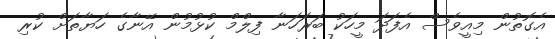
އެގޮތުން މިއީވެސް އެފަދަ މީހަކު ބަރަހަނާ ފިލްމް ކުޅުމުން އޭނާގެ ހަޔާތަށް ކުރި